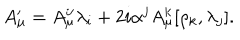
A _ { \mu } ^ { \prime } = A _ { \mu } ^ { i \prime } \lambda _ { i } + 2 i \alpha ^ { j } A _ { \mu } ^ { k } [ \rho _ { k } , \lambda _ { j } ] .